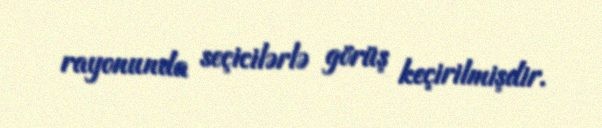
rayonunda seçicilərlə görüş keçirilmişdir.